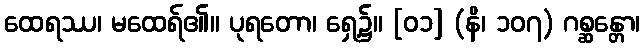
ထေရဿ၊ မထေရ်၏။ ပုရတော၊ ရှေ့၌။ [၀၁] (နိ၊ ၁၀၇) ဂစ္ဆန္တော၊